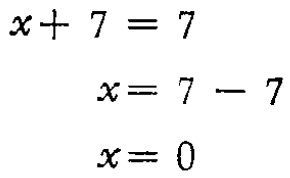
\[

\begin{align*}

x + 7&=7\\

x&=7 - 7\\

x&=0

\end{align*}

\]